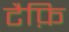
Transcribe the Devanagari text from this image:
टैफ़ि